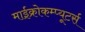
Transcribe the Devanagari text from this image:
माईक्रोकम्प्यूटर्स